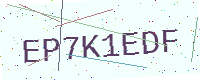
Text: EP7K1EDF